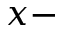
x -